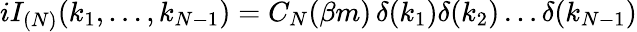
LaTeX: iI_{(N)}(k_{1},\dots,k_{N-1})=C_{N}(\beta m)\, \delta(k_{1})\delta(k_{2})\dots\delta(k_{N-1})